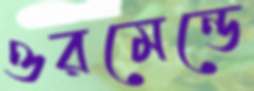
ওরমেন্ডে